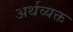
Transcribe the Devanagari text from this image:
अर्थव्यक्त